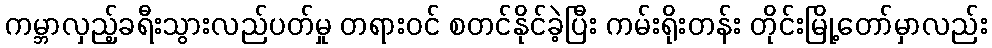
ကမ္ဘာလှည့်ခရီးသွားလည်ပတ်မှု တရားဝင် စတင်နိုင်ခဲ့ပြီး ကမ်းရိုးတန်း တိုင်းမြို့တော်မှာလည်း